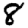
Digit: 8